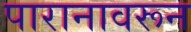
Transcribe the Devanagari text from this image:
पारानावरून